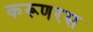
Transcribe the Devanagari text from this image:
करूणरस